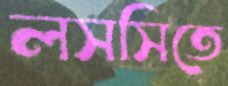
লসসিতে